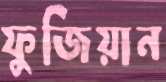
ফুজিয়ান